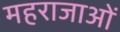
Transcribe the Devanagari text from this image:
महराजाओं